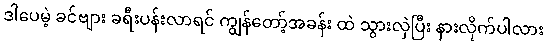
ဒါပေမဲ့ ခင်ဗျား ခရီးပန်းလာရင် ကျွန်တော့်အခန်း ထဲ သွားလှဲပြီး နားလိုက်ပါလား